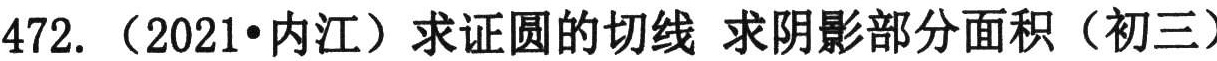
472. （2021•内江）求证圆的切线 求阴影部分面积（初三）